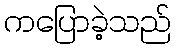
ကပြောခဲ့သည်